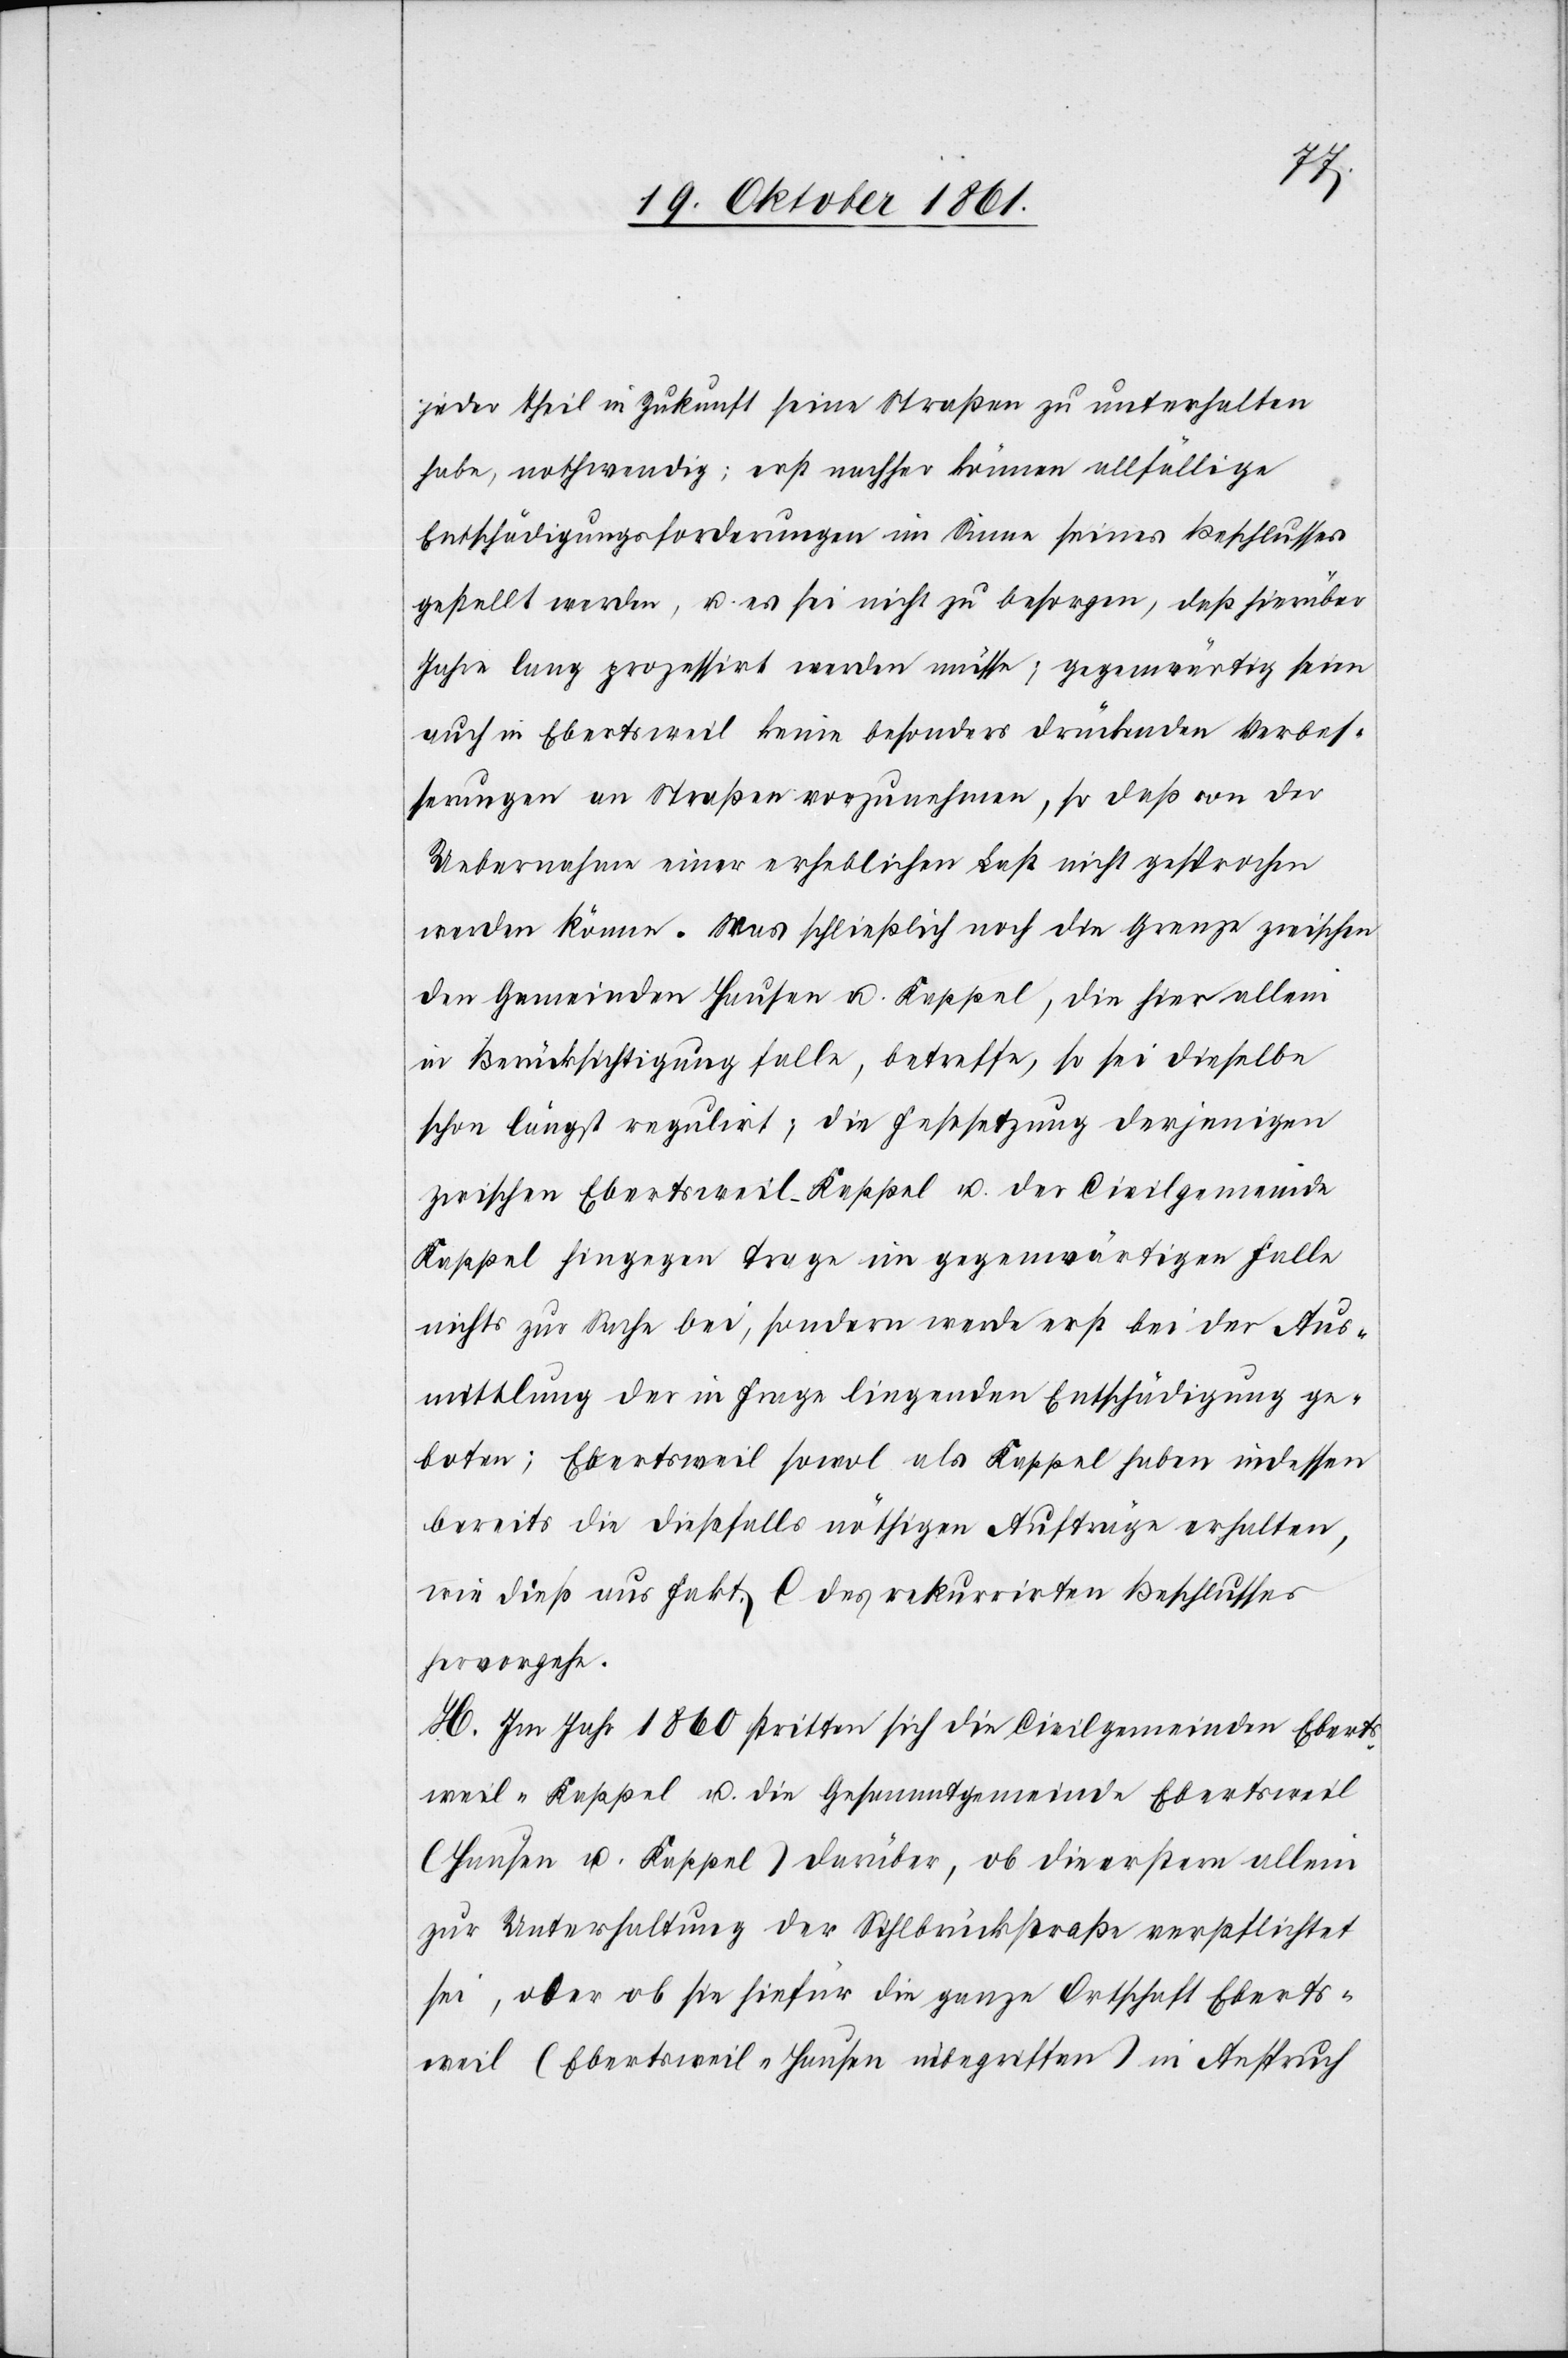
jeder Theil in Zukunft seine Straßen zu unterhalten
habe, nothwendig; erst nachher können allfällige
Entschädigungsforderungen im Sinne seines Beschlusses
gestellt werden, u. es sei nicht zu besorgen, daß hierüber
Jahre lang prozessirt werden müsse; gegenwärtig seien
auch in Ebertsweil keine besonders drückenden Verbes¬
serungen an Straßen vorzunehmen, so daß von der
Uebernahme einer erheblichen Last nicht gesprochen
werden könne. Was schließlich noch die Grenze zwischen
den Gemeinden Hausen u. Kappel, die hier allein
in Berücksichtigung falle, betreffe, so sei dieselbe
schon längst regulirt, die Gesetzgebung derjenigen
zwischen Ebertsweil-Kappel u. der Civilgemeinde
Kappel hingegen trage im gegenwärtigen Falle
nichts zur Sache bei, sondern werde erst bei der Aus¬
mittlung der in Frage liegenden Entschädigung ge¬
boten; Ebertsweil sowol als Kappel haben indessen
bereits die diesfalls nöthigen Aufträge erhalten,
wie dieß aus Fakt. C des rekurrirten Beschlusses
hervorgehe.
H. Im Jahr 1860 stritten sich die Civilgemeinden Eberts¬
weil-Kappel u. die Gesammtgemeinde Ebertsweil
(Hausen u. Kappel) darüber, ob die erstere allein
zur Unterhaltung der Sihlbrückstraße verpflichtet
sei, oder ob sie hiefür die ganze Ortschaft Eberts¬
weil (Ebertsweil-Hausen inbegriffen) in Anspruch